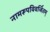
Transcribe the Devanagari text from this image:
नामरूपविवर्जितम्